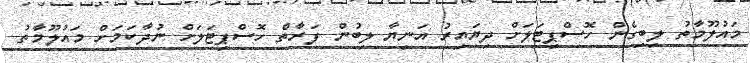
މައުލޫމާތު ލިބިގެން ހޮސްޕިޓަލަށް ދިޔައިރު އަނިޔާ ލިބުން ފަރާތް ހޮސްޕިޓަލަށް ނުދާކަމަށް މައުލޫމާތު